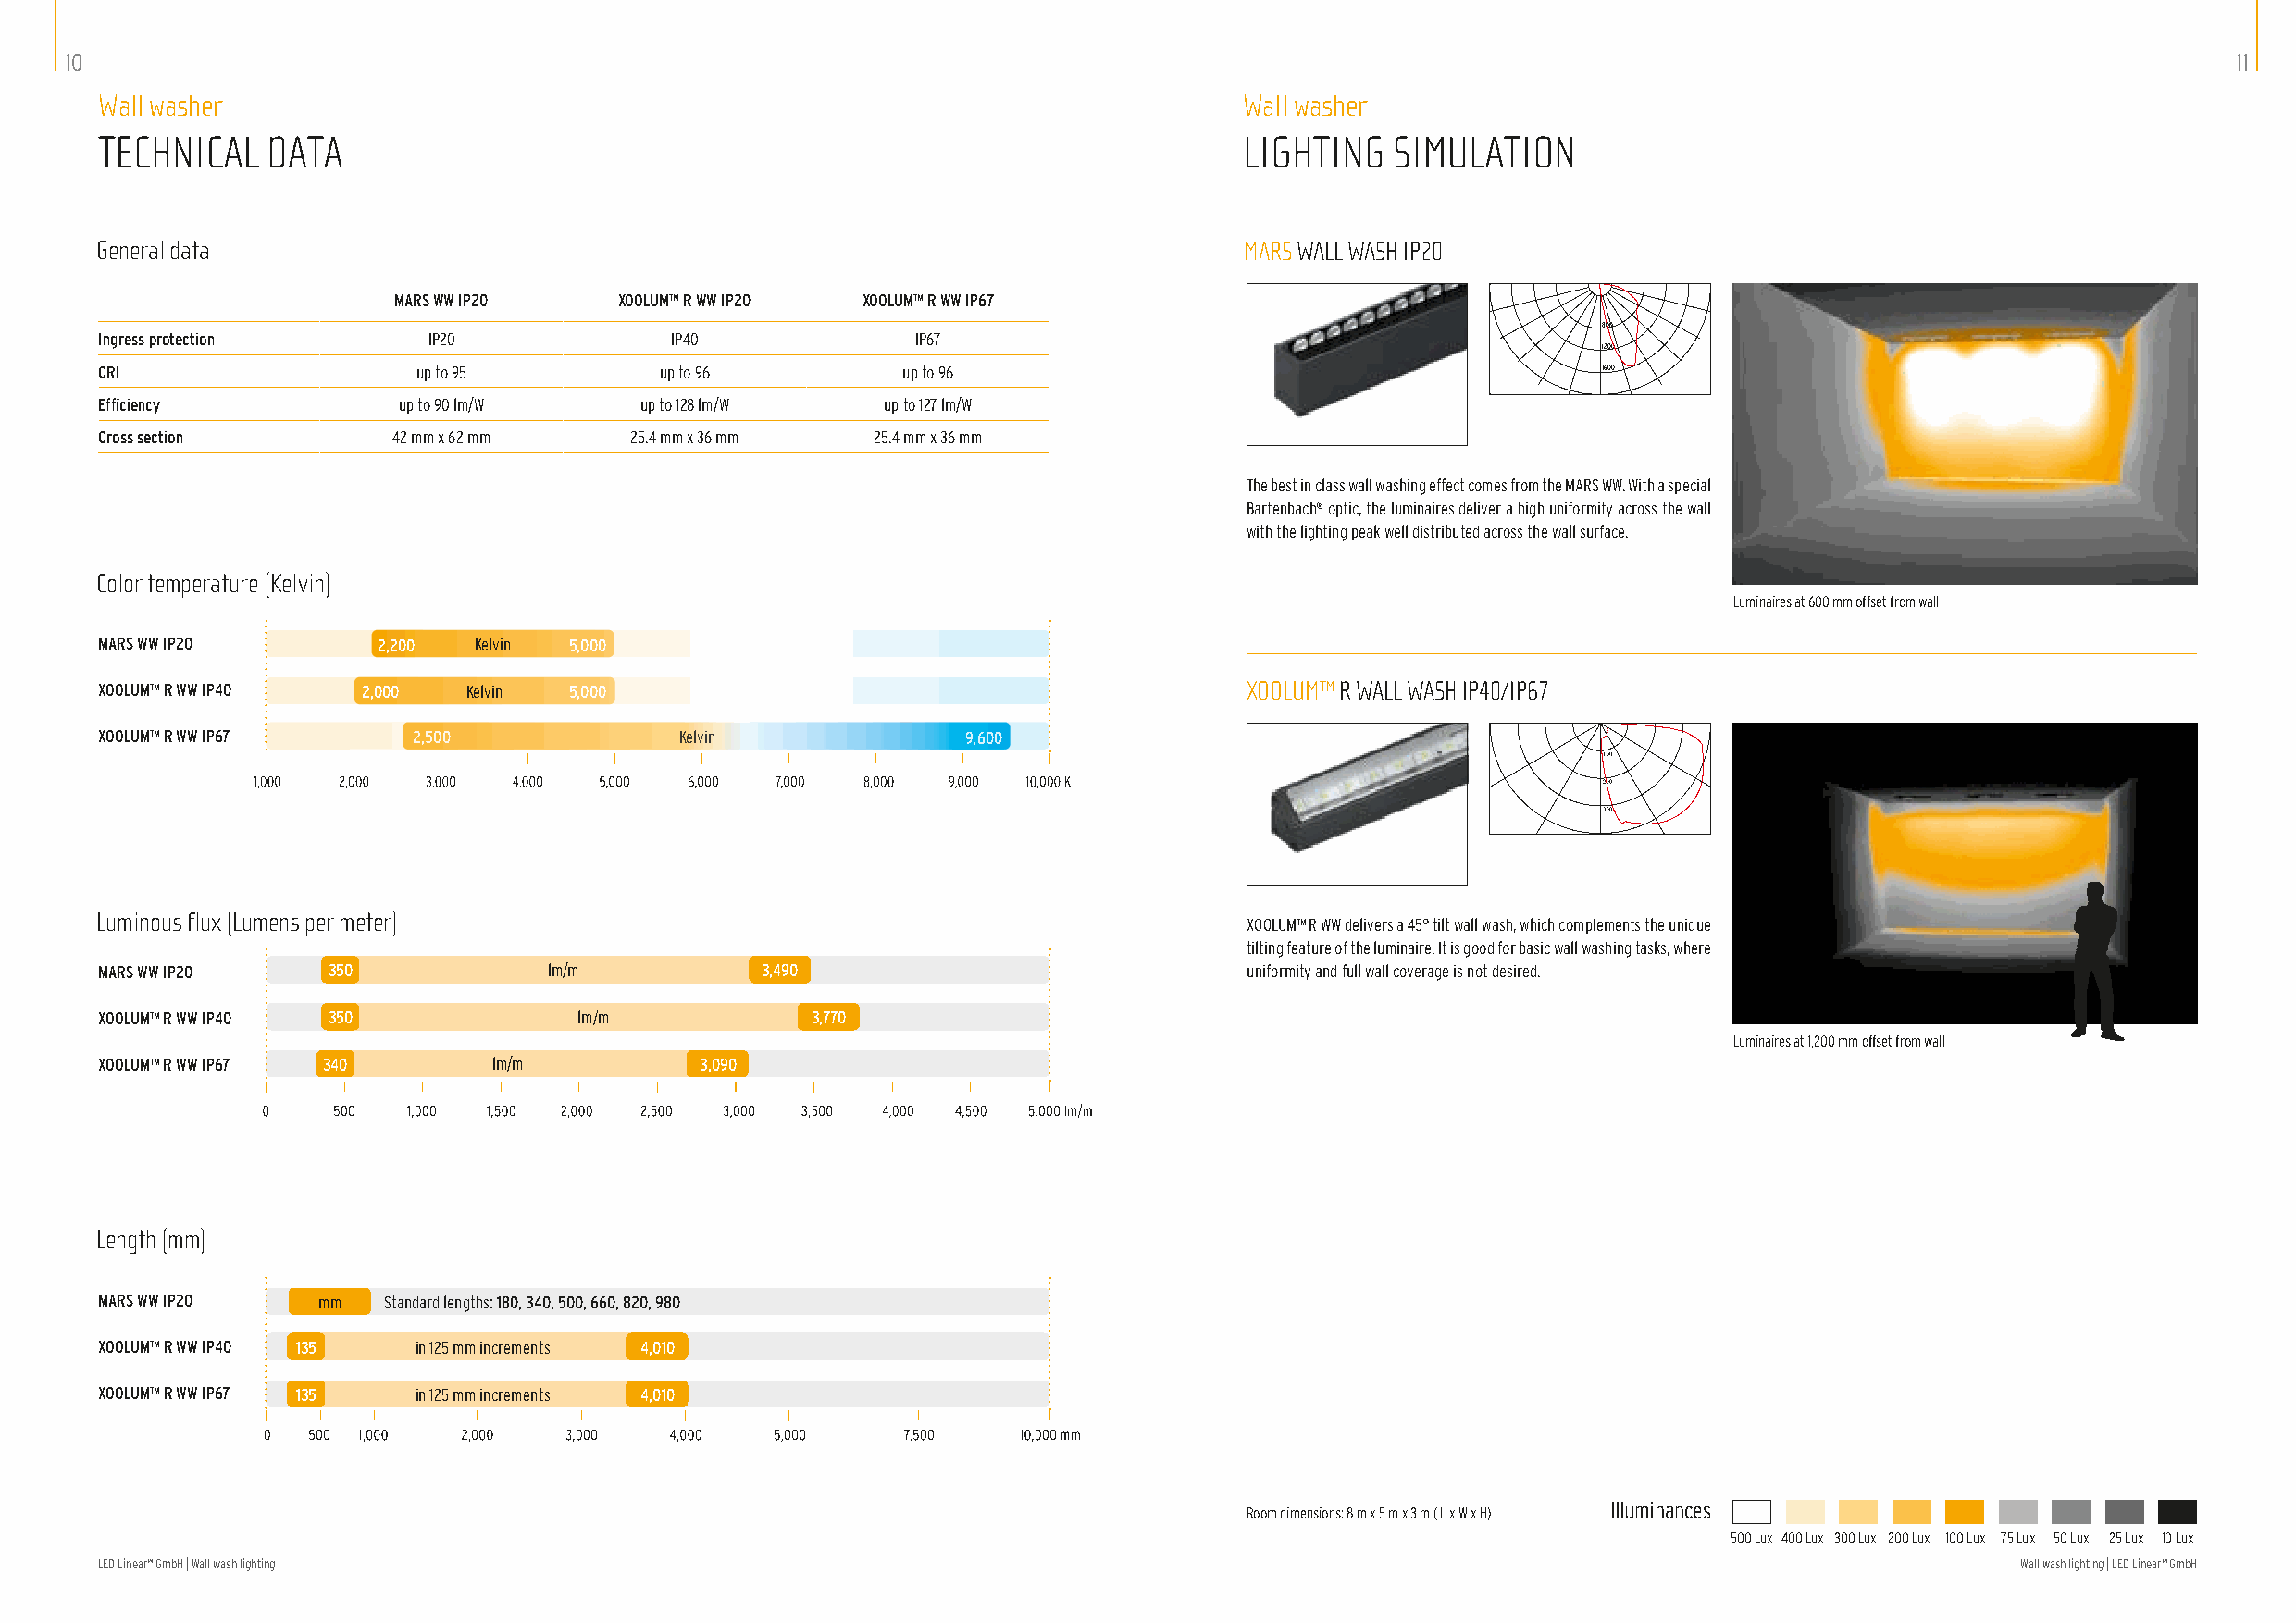
10                                                                                                                                                         11
 Wall washer                                                                       Wall washer
 TECHNICAL   DATA                                                                  LIGHTING   SIMULATION
 General data                                                                      MARS WALL WASH IP20
 MARS WW IP20    XOOLUM™ R WW IP20 XOOLUM™ R WW IP67
 800
 Ingress protection      IP20             IP40             IP67
 1200
 CRI                    up to 95         up to 96          up to 96                                          1600
 Efficiency            up to 90 lm/W    up to 128 lm/W   up to 127 lm/W
 Cross section        42 mm x 62 mm    25.4 mm x 36 mm  25.4 mm x 36 mm
 The best in class wall washing effect comes from the MARS WW. With a special
 Bartenbach® optic, the luminaires deliver a high uniformity across the wall
 with the lighting peak well distributed across the wall surface.
 Color temperature (Kelvin)
 Luminaires at 600 mm offset from wall
 MARS WW IP20        2,200  Kelvin 5,000
 XOOLUM™ R WW IP40  2,000  Kelvin  5,000                                           XOOLUM™ R WALL WASH IP40/IP67
 XOOLUM™ R WW IP67      2,500              Kelvin              9,600
 Luminous flux (Lumens per meter)
 XOOLUM™ R WW delivers a 45° tilt wall wash, which complements the unique
 tilting feature of the luminaire. It is good for basic wall washing tasks, where
 MARS WW IP20    350             lm/m           3,490                              uniformity and full wall coverage is not desired.
 XOOLUM™ R WW IP40 350             lm/m             3,770
 Luminaires at 1,200 mm offset from wall
 XOOLUM™ R WW IP67 340       lm/m           3,090
 Length (mm)
 MARS WW IP20    mm  Standard lengths: 180, 340, 500, 660, 820, 980
 XOOLUM™ R WW IP40 135  in 125 mm increments 4,010
 XOOLUM™ R WW IP67 135  in 125 mm increments 4,010
 Illuminances
 Room dimensions: 8 m x 5 m x 3 m ( L x W x H)
 500 Lux 400 Lux 300 Lux 200 Lux 100 Lux 75 Lux 50 Lux 25 Lux 10 Lux
 LED Linear™ GmbH | Wall wash lighting                                                                                                     Wall wash lighting | LED Linear™ GmbH